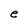
Character: e